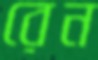
রেন